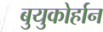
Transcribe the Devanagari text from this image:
बुयुकोर्हान